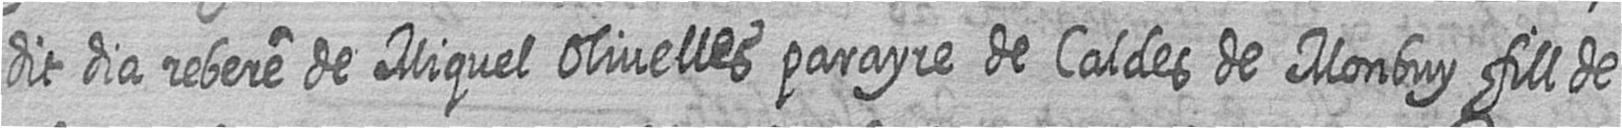
dit dia rebere de Miquel Olivelles parayre de Caldes de Monbuy fill de